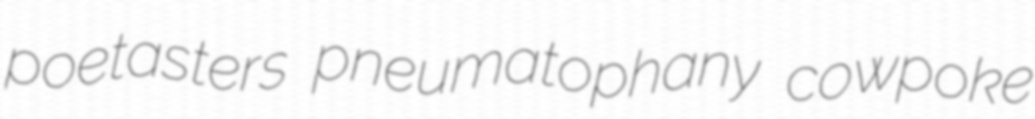
poetasters pneumatophany cowpoke